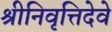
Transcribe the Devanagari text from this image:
श्रीनिवृत्तिदेवे